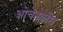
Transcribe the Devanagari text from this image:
ओचनक्लोस